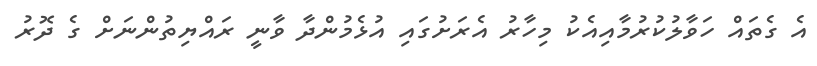
އެ ގެތައް ހަވާލުކުރުމާއިއެކު މިހާރު އެރަށުގައި އުޅެމުންދާ ވާނީ ރައްޔިތުންނަށް ގެ ދޮރު